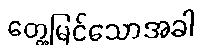
တွေ့မြင်သောအခါ